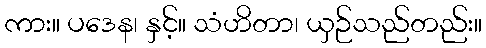
ကား။ ပဒေန၊ နှင့်။ သံဟိတာ၊ ယှဉ်သည်တည်း။